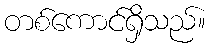
တစ်ကောင်ရှိသည်။